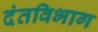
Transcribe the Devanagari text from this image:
दंतविभाग